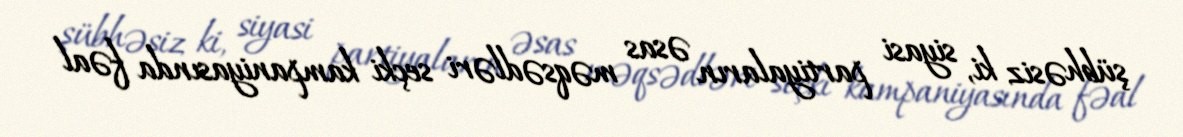
şübhəsiz ki, siyasi partiyaların əsas məqsədləri seçki kampaniyasında fəal